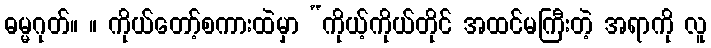
ဓမ္မဂုတ်။ ။ ကိုယ်တော့်စကားထဲမှာ “ကိုယ့်ကိုယ်တိုင် အထင်မကြီးတဲ့ အရာကို လူ